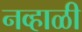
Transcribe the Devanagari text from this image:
नव्हाळी